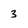
Character: 3